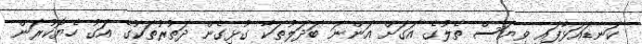
ކަނޑައަޅާފައި ވިޔަސް ތެލުގެ އަގަށް އަންނަ ބަދަލުތަކާ ގުޅިގެން ދަތުރުތަކުގެ އަގު ހެޔޮކުރަން